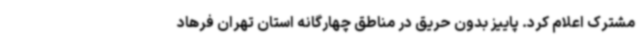
مشترک اعلام کرد. پاییز بدون حریق در مناطق چهارگانه استان تهران فرهاد